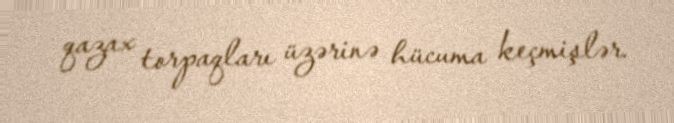
qazax torpaqları üzərinə hücuma keçmişlər.